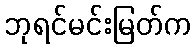
ဘုရင်မင်းမြတ်က